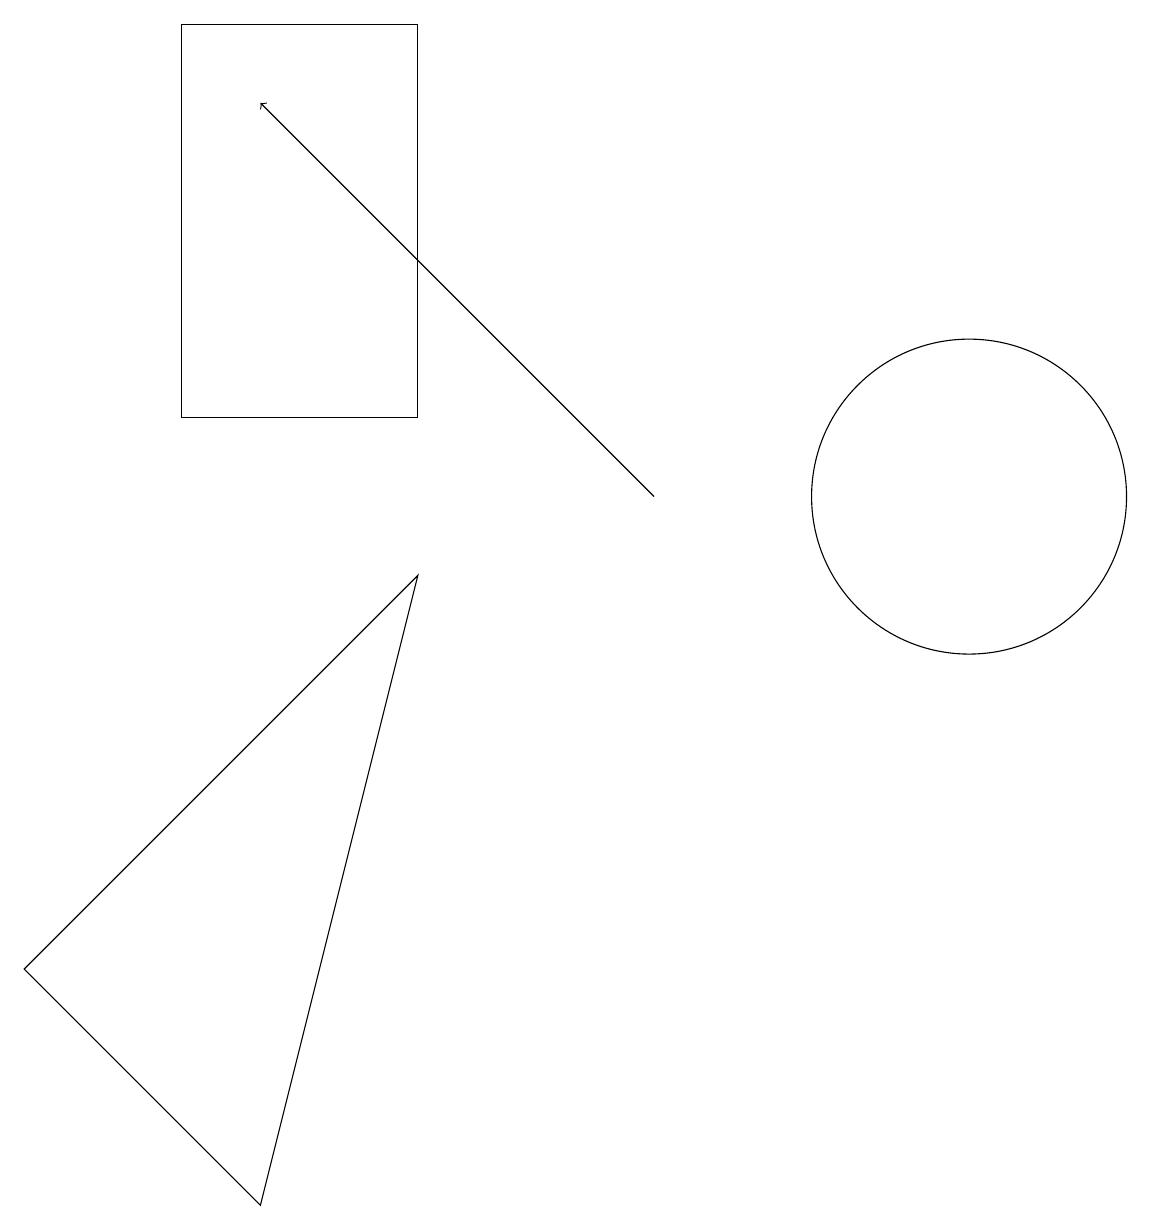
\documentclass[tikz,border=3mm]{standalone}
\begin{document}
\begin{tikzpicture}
\draw (0,4) -- (3,1) -- (5,9) -- cycle;
\draw[->] (8,10) -- (3,15);
\draw (5,16) rectangle (2,11);
\draw (12,10) circle (2);
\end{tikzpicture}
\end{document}